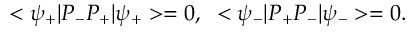
< \psi _ { + } | P _ { - } P _ { + } | \psi _ { + } > = 0 , \; \; < \psi _ { - } | P _ { + } P _ { - } | \psi _ { - } > = 0 .